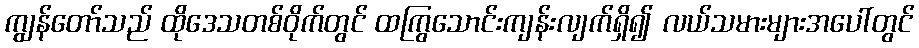
ကျွန်တော်သည် ထိုဒေသတစ်ဝိုက်တွင် ထကြွသောင်းကျန်းလျက်ရှိ၍ လယ်သမားများအပေါ်တွင်